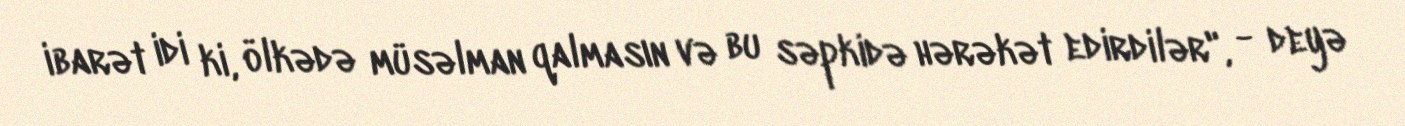
ibarət idi ki, ölkədə müsəlman qalmasın və bu səpkidə hərəkət edirdilər", - deyə